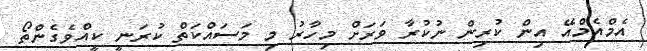
އެމްއެމްއޭ އިން ކުރިން ނުކުރާ ވަރަށް މިހާރު މި މަސައްކަތް ކުރަނީ ކީއްވެގެންތޯ